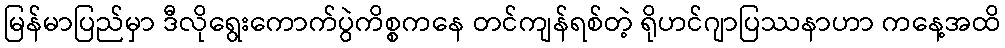
မြန်မာပြည်မှာ ဒီလိုရွေးကောက်ပွဲကိစ္စကနေ တင်ကျန်ရစ်တဲ့ ရိုဟင်ဂျာပြဿနာဟာ ကနေ့အထိ